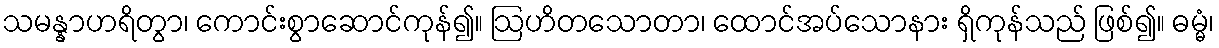
သမန္နာဟရိတွာ၊ ကောင်းစွာဆောင်ကုန်၍။ ဩဟိတသောတာ၊ ထောင်အပ်သောနား ရှိကုန်သည် ဖြစ်၍။ ဓမ္မံ၊